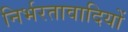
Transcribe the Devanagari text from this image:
निर्भरतावादियों